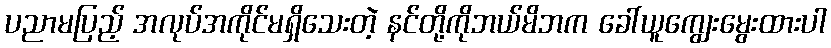
ပညာမပြည့် အလုပ်အကိုင်မရှိသေးတဲ့ နင်တို့ကိုဘယ်မိဘက ခေါ်ယူကျွေးမွေးထားပါ